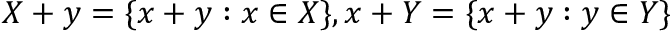
X + y = \{ x + y : x \in X \} , x + Y = \{ x + y : y \in Y \}